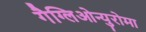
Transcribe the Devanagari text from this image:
गैग्लिओन्युरोमा